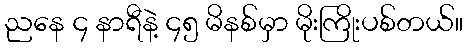
ညနေ ၄ နာရီနဲ့ ၄၅ မိနစ်မှာ မိုးကြိုးပစ်တယ်။